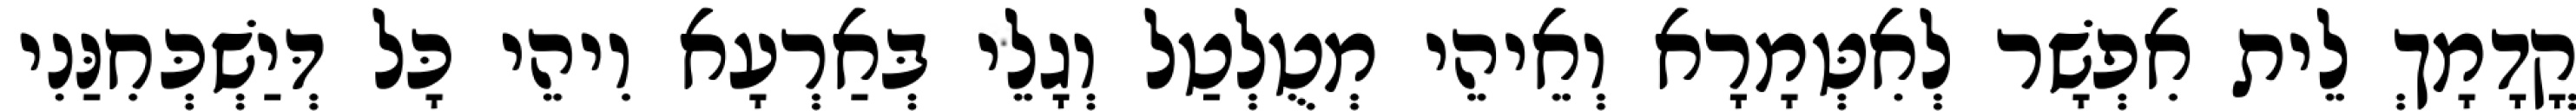
קֳדָמָךְ לֵית אִפְשָׁר לְאִטְּמָרָא וְאֵיהֵי מְטֻלְטַל וְגָלֵי בְּאַרְעָא וִיהֵי כָּל דְּיַשְׁכְּחִנַּנִי